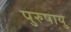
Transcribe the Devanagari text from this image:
पुरुषायु